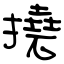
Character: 撓